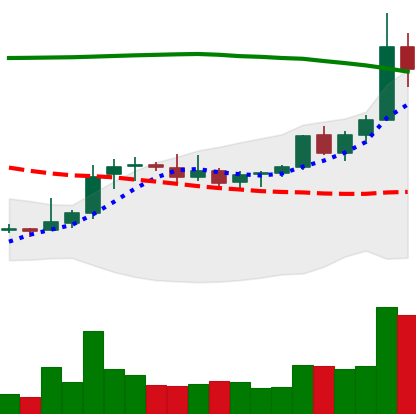
Ticker: XRP-USD
Chart end date: 2021-08-12
Forward return: 13.856%
Label: up_7plus